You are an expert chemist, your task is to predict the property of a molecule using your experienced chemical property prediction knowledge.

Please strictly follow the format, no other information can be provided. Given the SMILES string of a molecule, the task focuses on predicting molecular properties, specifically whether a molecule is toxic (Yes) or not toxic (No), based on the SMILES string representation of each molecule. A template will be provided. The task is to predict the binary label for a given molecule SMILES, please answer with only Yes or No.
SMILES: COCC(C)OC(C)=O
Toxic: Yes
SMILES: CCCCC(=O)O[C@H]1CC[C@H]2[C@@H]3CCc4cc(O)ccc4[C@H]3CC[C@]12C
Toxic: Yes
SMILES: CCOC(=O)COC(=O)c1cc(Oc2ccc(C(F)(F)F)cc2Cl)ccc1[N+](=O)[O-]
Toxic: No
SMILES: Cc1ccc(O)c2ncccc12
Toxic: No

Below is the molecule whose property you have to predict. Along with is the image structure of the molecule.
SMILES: CNCc1cc(F)ccc1Oc1ccc(Cl)c(Cl)c1
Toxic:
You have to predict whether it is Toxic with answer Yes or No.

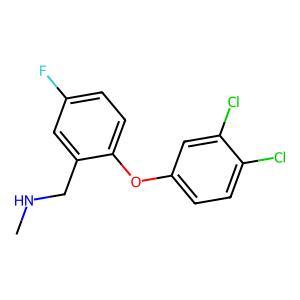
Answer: No